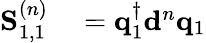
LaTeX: \begin{array}{rl}{\mathbf{S}_{1,1}^{(n)}}&{{}=\mathbf{q}_{1}^{\dagger}\mathbf{d}^{n}\mathbf{q}_{1}}\end{array}